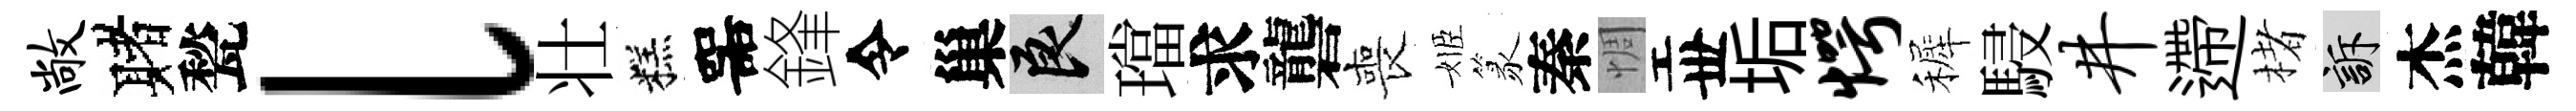
敞赌甃l壮糕噐鋒令巢良璫求礱喪姬篆秦惆丗垢愕裤駸井遰楮訴杰韓